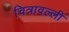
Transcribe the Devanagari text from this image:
चित्रावल्ली